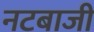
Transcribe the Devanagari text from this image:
नटबाजी